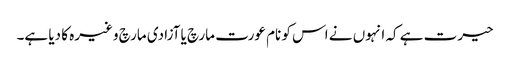
حیرت ہے کہ انہوں نے اس کو نام عورت مارچ یا آزادی مارچ وغیرہ کا دیا ہے۔